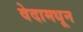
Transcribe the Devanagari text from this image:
वेदामधून